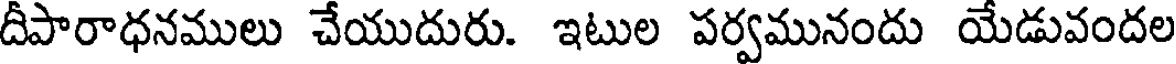
దీపారాధనములు చేయుదురు. ఇటుల పర్వమునందు యేడువందల